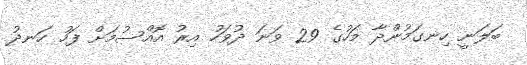
ބަލަނީ ހިނގަމުންދާ މަހުގެ 29 ވަނަ ދުވަހު އިރު އޮއްސުމަށް ފަހު ހަނދު